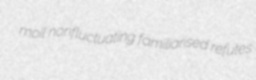
moil nonfluctuating familiarised refutes